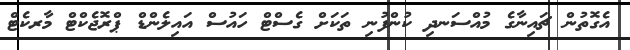
އެގޮތުން ޗައިނާގެ މުއްސަނދި ކުންފުނި ތަކަށް ގެސްްޓް ހައުސް އައިލެންޑް ޕްރޮޖެކްޓް މާރކެޓް